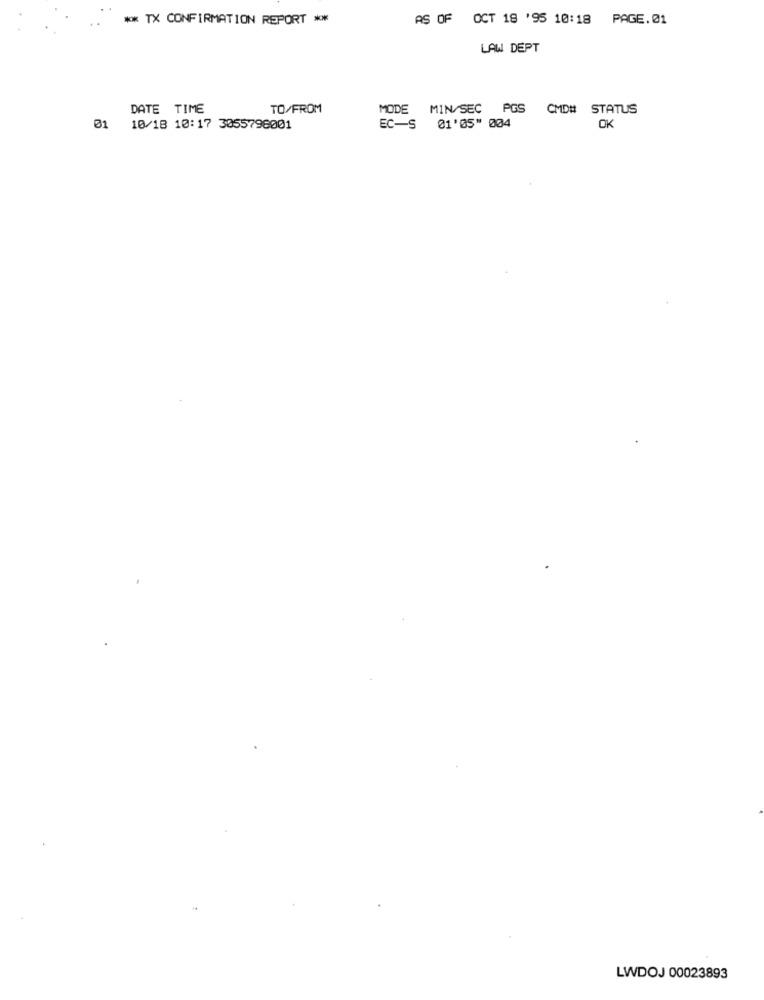
** TX CONFIRMATION REPORT **
AS OF OCT 19 '95 10:18 PAGE.01
LAW DEPT
DATE TIME
TO/FROM
MODE MIN/SEC PGS CMD# STATUS
01 10/18 10:17 3055798001
EC-S 01'05" 004
OK
LWDOJ 00023893